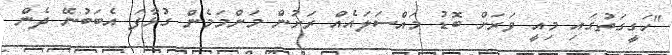
"ހަގީގަތުގައި މިއީ ވަރަށް ބޮޑު މައްސަލައެއް ރަށުން މަންމަމެން ގުޅާފަ އެބަބުނޭ ދެން